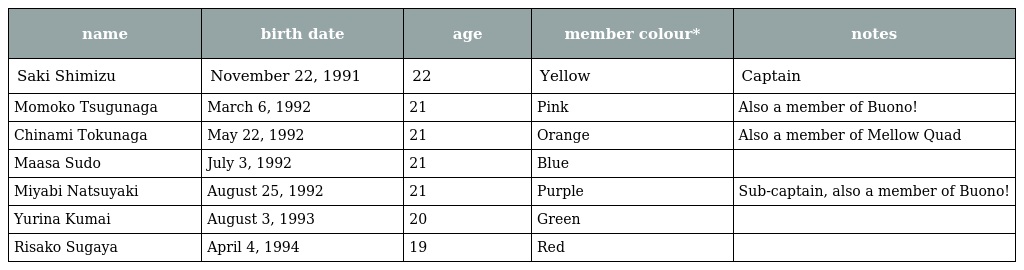
| name | birth date | age | member colour* | notes |
 | --- | --- | --- | --- | --- |
 | Saki Shimizu | November 22, 1991 | 22 | Yellow | Captain |
 | Momoko Tsugunaga | March 6, 1992 | 21 | Pink | Also a member of Buono! |
 | Chinami Tokunaga | May 22, 1992 | 21 | Orange | Also a member of Mellow Quad |
 | Maasa Sudo | July 3, 1992 | 21 | Blue |  |
 | Miyabi Natsuyaki | August 25, 1992 | 21 | Purple | Sub-captain, also a member of Buono! |
 | Yurina Kumai | August 3, 1993 | 20 | Green |  |
 | Risako Sugaya | April 4, 1994 | 19 | Red |  |